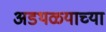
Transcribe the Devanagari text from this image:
अडथळ्याच्या